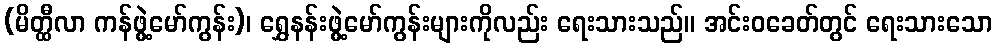
(မိတ္ထီလာ ကန်ဖွဲ့မော်ကွန်း)၊ ရွှေနန်းဖွဲ့မော်ကွန်းများကိုလည်း ရေးသားသည်။ အင်းဝခေတ်တွင် ရေးသားသော